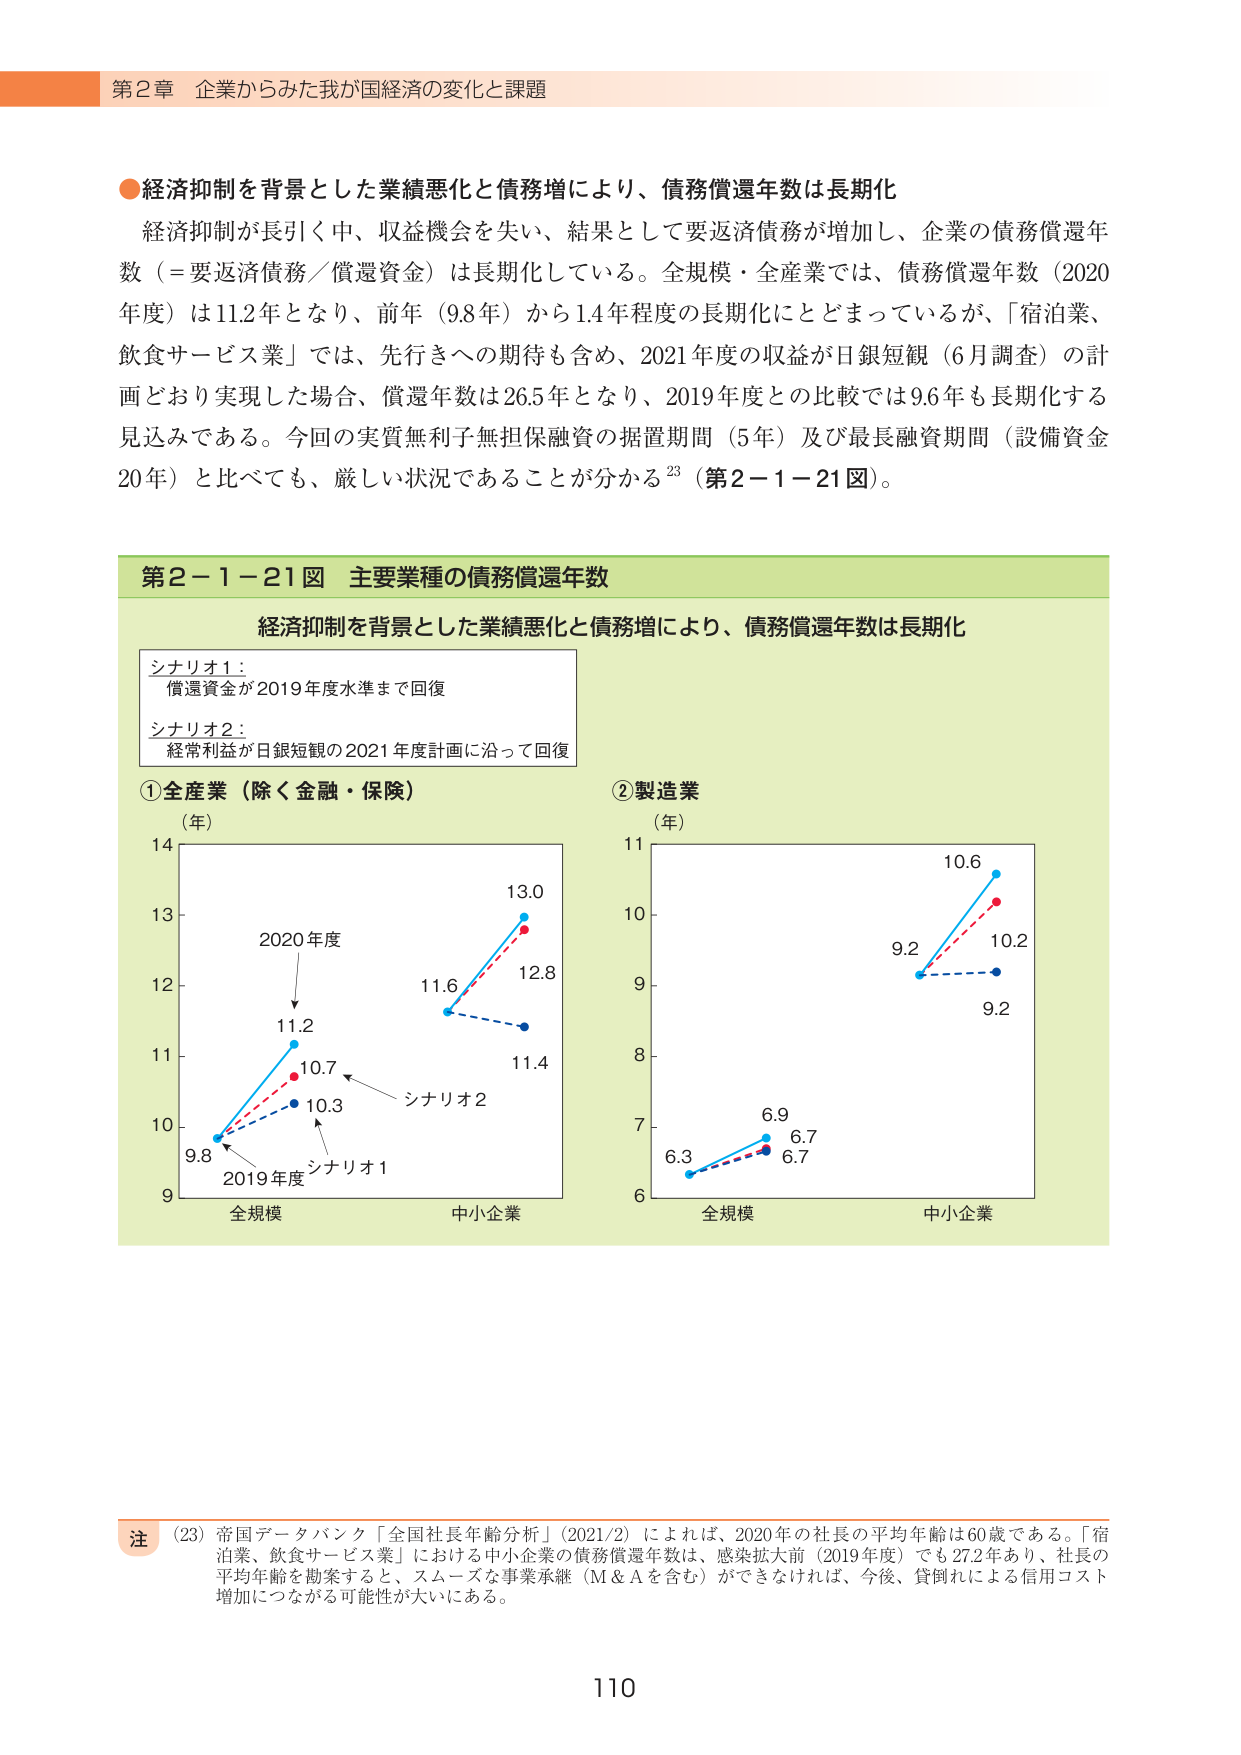
第2章 企業からみた我が国経済の変化と課題

●経済抑制を背景とした業績悪化と債務増により、債務償還年数は長期化
経済抑制が長引く中、収益機会を失い、結果として要返済債務が増加し、企業の債務償還年数（＝要返済債務／償還資金）は長期化している。全規模・全産業では、債務償還年数（2020年度）は11.2年となり、前年（9.8年）から1.4年程度の長期化にとどまっているが、「宿泊業、飲食サービス業」では、先行きへの期待も含め、2021年度の収益が日銀短観（6月調査）の計画どおり実現した場合、償還年数は26.5年となり、2019年度との比較では9.6年も長期化する見込みである。今回の実質無利子無担保融資の据置期間（5年）及び最長融資期間（設備資金20年）と比べても、厳しい状況であることが分かる23（第2－1－21図）。

第2－1－21図 主要業種の債務償還年数
経済抑制を背景とした業績悪化と債務増により、債務償還年数は長期化

シナリオ1：
償還資金が2019年度水準まで回復

シナリオ2：
経常利益が日銀短観の2021年度計画に沿って回復

①全産業（除く金融・保険）
（年）
14
13
12
11
10
9
2020年度
11.2
10.7
10.3
シナリオ2
シナリオ1
2019年度
13.0
12.8
11.6
11.4
全規模
中小企業

②製造業
（年）
11
10
9
8
7
6
10.6
9.2
10.2
9.2
6.9
6.7
6.7
6.3
全規模
中小企業

注（23）帝国データバンク「全国社長年齢分析」（2021/2）によれば、2020年の社長の平均年齢は60歳である。「宿泊業、飲食サービス業」における中小企業の債務償還年数は、感染拡大前（2019年度）でも27.2年あり、社長の平均年齢を勘案すると、スムーズな事業承継（M＆Aを含む）ができなければ、今後、貸倒れによる信用コスト増加につながる可能性が大いにある。

110